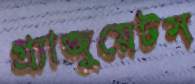
গ্র্যাজুয়েটস